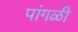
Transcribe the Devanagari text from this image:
पांगळी